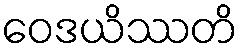
ဝေဒယိဿတိ